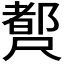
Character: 𡳣